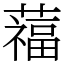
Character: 䕐